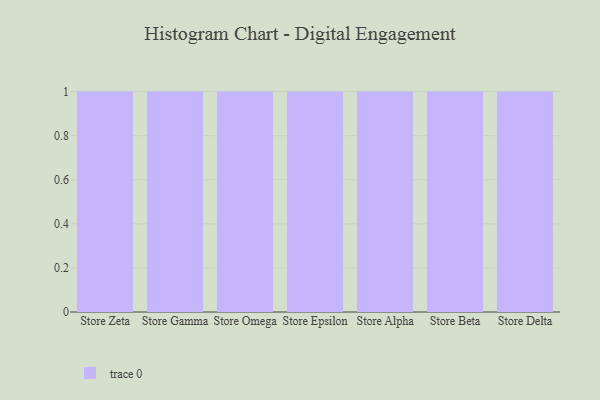
{"axis": {"x": "Store", "y": "Tickets Resolved"}, "legend": [""], "data": [{"x": "Store Zeta", "y": 92, "type": ""}, {"x": "Store Gamma", "y": 66, "type": ""}, {"x": "Store Omega", "y": 32, "type": ""}, {"x": "Store Epsilon", "y": 62, "type": ""}, {"x": "Store Alpha", "y": 86, "type": ""}, {"x": "Store Beta", "y": 35, "type": ""}, {"x": "Store Delta", "y": 16, "type": ""}]}